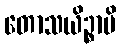
တောသယိဉ္စာပိ